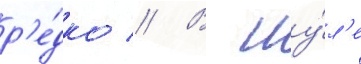
р'е́дко // В иу́л'е